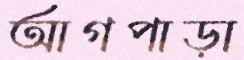
আগপাড়া